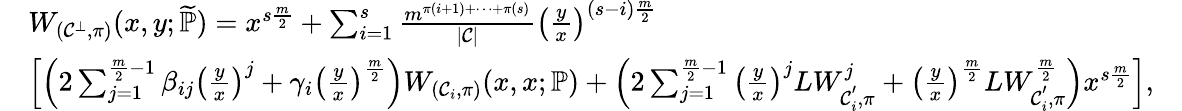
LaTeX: \begin{array}{rlr}&{W_{(\mathcal{C}^{\bot},\pi)}(x,y;\widetilde{\mathbb{P}})=x^{s\frac{m}{2}}+\sum_{i=1}^{s}\frac{m^{\pi(i+1)+\cdots+\pi(s)}}{|\mathcal{C}|}\left(\frac{y}{x}\right)^{(s-i)\frac{m}{2}}}&\\ &{\left[\left(2\sum_{j=1}^{\frac{m}{2}-1}\beta_{ij}\left(\frac{y}{x}\right)^{j}+\gamma_{i}\left(\frac{y}{x}\right)^{\frac{m}{2}}\right)W_{(\mathcal{C}_{i},\pi)}(x,x;\mathbb{P})+\left(2\sum_{j=1}^{\frac{m}{2}-1}\left(\frac{y}{x}\right)^{j}LW_{\mathcal{C}_{i}^{'},\pi}^{j}+\left(\frac{y}{x}\right)^{\frac{m}{2}}LW_{\mathcal{C}_{i}^{'},\pi}^{\frac{m}{2}}\right)x^{s\frac{m}{2}}\right],}&\end{array}